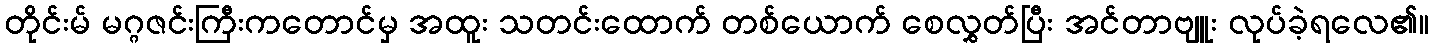
တိုင်းမ် မဂ္ဂဇင်းကြီးကတောင်မှ အထူး သတင်းထောက် တစ်ယောက် စေလွှတ်ပြီး အင်တာဗျူး လုပ်ခဲ့ရလေ၏။